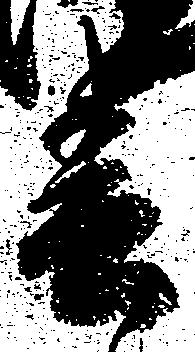
春